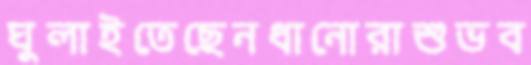
ঘুলাইতেছেনধানোরাশুভব